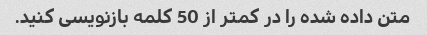
متن داده شده را در کمتر از 50 کلمه بازنویسی کنید.